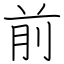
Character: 前